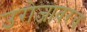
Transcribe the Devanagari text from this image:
उरोजावरच